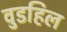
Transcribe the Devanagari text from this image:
वुडहिल